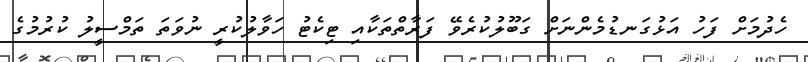
ހެދުމަށް ފަހު އަޅުގަނޑުމެންނަށް ގަބޫލުކުރެވޭ ފަރާތްތަކާއި ޓިކެޓު ހަވާލުކުރީ ނުވަތަ ތަމްސީލު ކުރުމުގެ